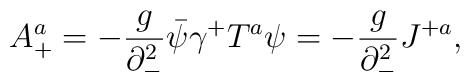
A_+^a=-{g \over \partial_-^2}\bar \psi\gamma^+T^a\psi=-{g \over \partial_-^2}J^{+a} ,